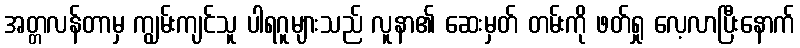
အတ္တလန်တာမှ ကျွမ်းကျင်သူ ပါရဂူများသည် လူနာ၏ ဆေးမှတ် တမ်းကို ဖတ်ရှု လေ့လာပြီးနောက်